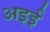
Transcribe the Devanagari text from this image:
अइई